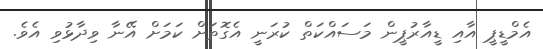
އެމްޑީޕީ އާއި ޑީއާރުޕީން މަސައްކަތް ކުރަނީ އެގޮތަށް ކަމަށް އޭނާ ވިދާޅުވި އެވެ.